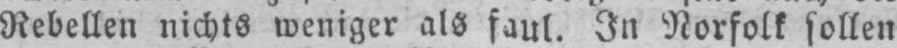
Rebellen nichts weniger als faul. In Norfolk sollen